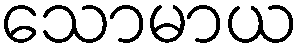
သောမာယ